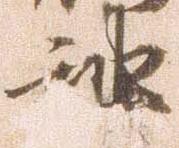
神